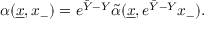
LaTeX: \alpha ( { \underline { { x } } } , x _ { - } ) = e ^ { { \bar { Y } } - Y } { \tilde { \alpha } } ( { \underline { { x } } } , e ^ { { \bar { Y } } - Y } x _ { - } ) .